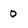
Character: 0